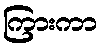
ကြားကာ